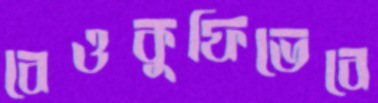
বেওকুফিভেবে